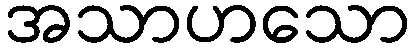
အသာဟသော